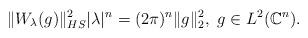
LaTeX: \begin{align*} \|W_{\lambda}(g)\|^2_{HS}|\lambda|^n=(2\pi)^n\|g\|_2^2, ~g\in L^2(\mathbb{C}^n).\end{align*}